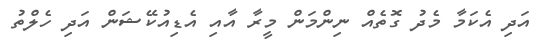
އަދި އެކަމާ މެދު ގޮތެއް ނިންމަން މީރާ އާއި އެޑިއުކޭޝަން އަދި ހެލްތު